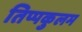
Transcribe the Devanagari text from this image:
तिप्पकुलम